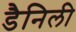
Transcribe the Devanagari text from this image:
डैनिली